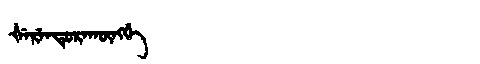
Manchu: ᡧᡝᡵᡝᠨᡨᡠᡵᠠᡴᡡᠩᡤᡝ
Romanization: ŠERENTURAKŪNGGE